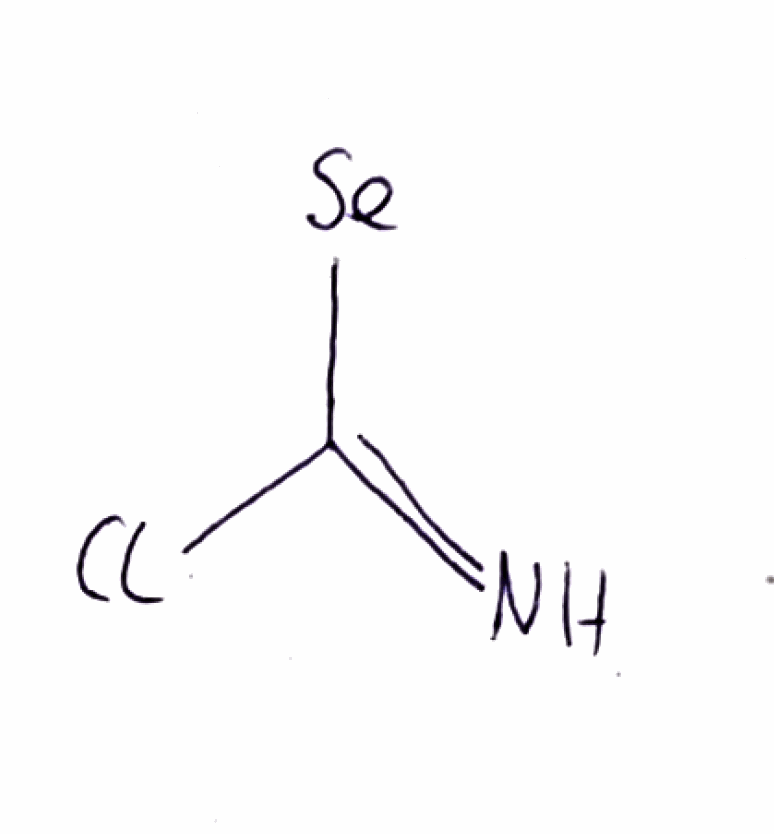
Simplified molecular-input line-entry system (SMILES) notation of the given molecule:
C(=N)(Cl)[Se]